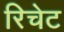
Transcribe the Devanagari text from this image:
रिचेट